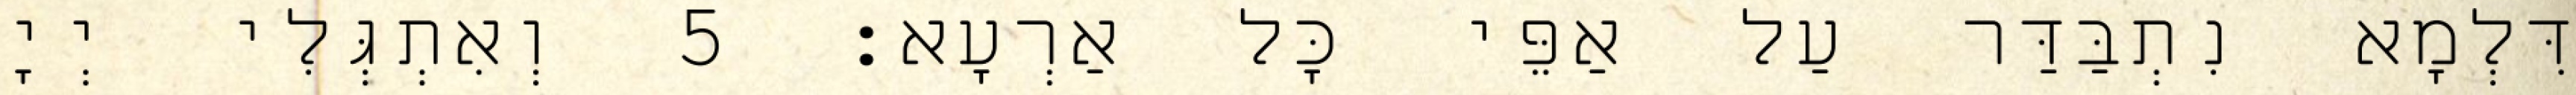
דִּלְמָא נִתְבַּדַּר עַל אַפֵּי כָּל אַרְעָא׃ 5 וְאִתְגְּלִי יְיָ